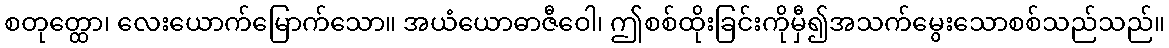
စတုတ္ထော၊ လေးယောက်မြောက်သော။ အယံယောဓာဇီဝေါ၊ ဤစစ်ထိုးခြင်းကိုမှီ၍အသက်မွေးသောစစ်သည်သည်။